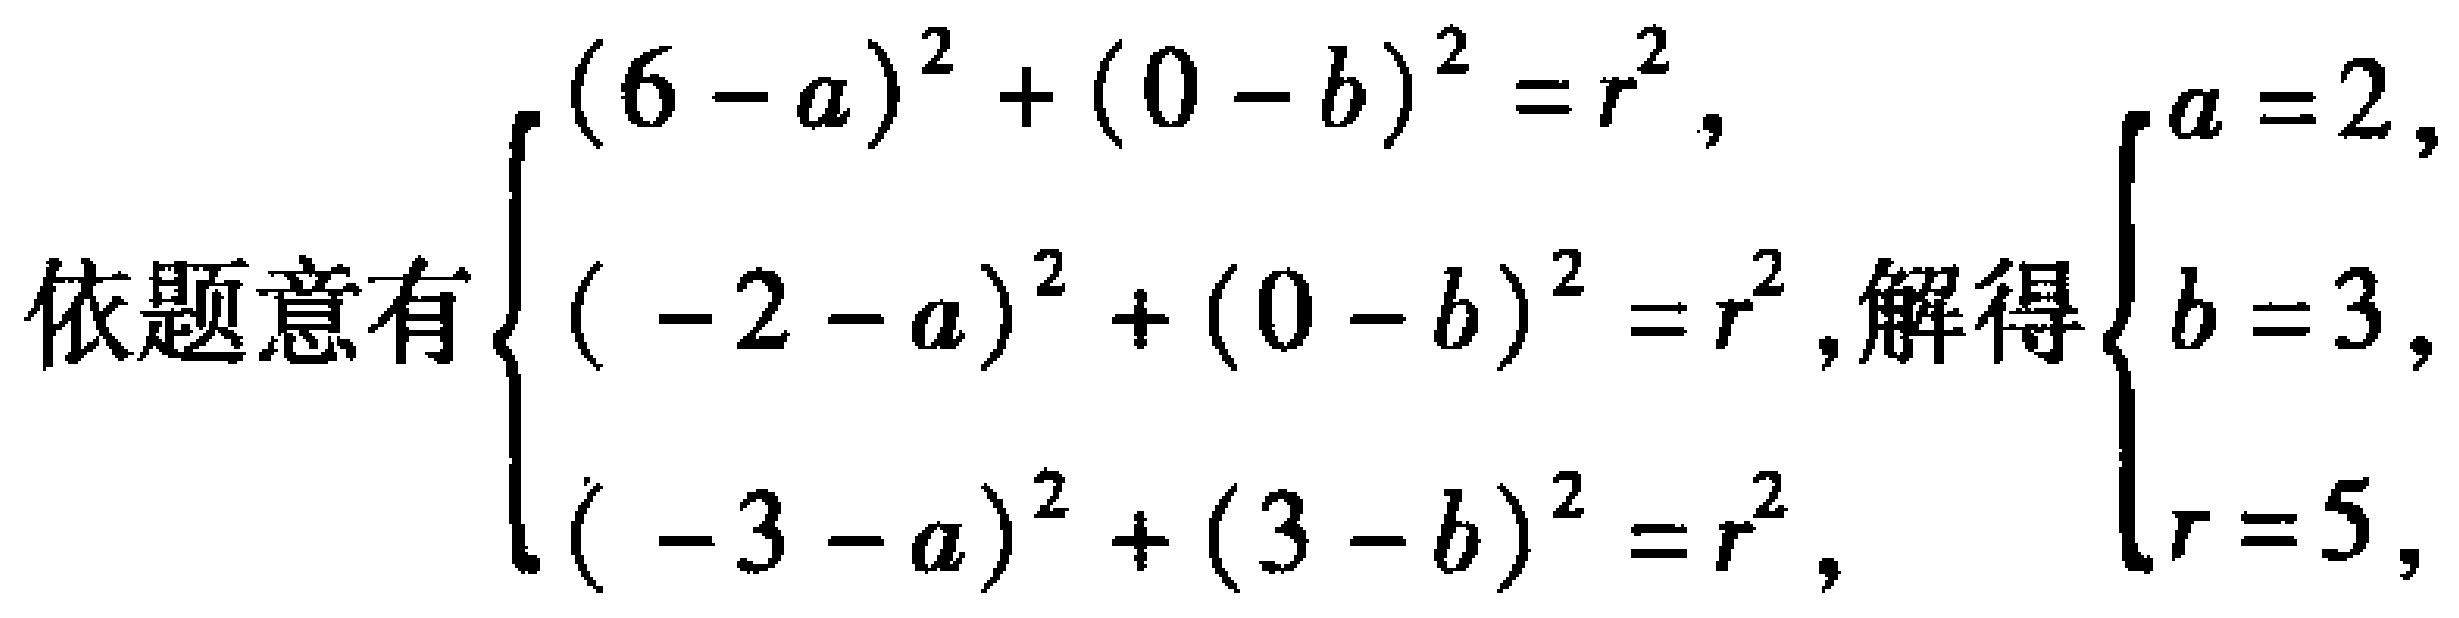
依题意有\(\begin{cases}(6 - a)^2 + (0 - b)^2 = r^2,\\(-2 - a)^2 + (0 - b)^2 = r^2,\\(-3 - a)^2 + (3 - b)^2 = r^2,\end{cases}\)解得\(\begin{cases}a = 2,\\b = 3,\\r = 5,\end{cases}\)